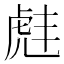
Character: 𫊠